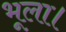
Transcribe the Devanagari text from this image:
भूला।